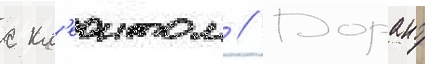
с кл'еонтом // Дорант